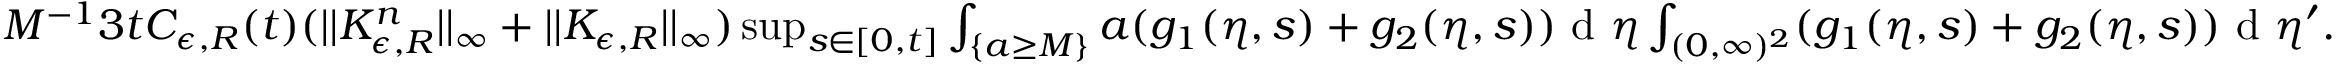
\begin{array} { r } { M ^ { - 1 } 3 t C _ { \epsilon , R } ( t ) ( | | K _ { \epsilon , R } ^ { n } | | _ { \infty } + | | K _ { \epsilon , R } | | _ { \infty } ) \operatorname* { s u p } _ { s \in [ 0 , t ] } \int _ { \{ a \geq M \} } a ( g _ { 1 } ( \eta , s ) + g _ { 2 } ( \eta , s ) ) \textup { d } \eta \int _ { ( 0 , \infty ) ^ { 2 } } ( g _ { 1 } ( \eta , s ) + g _ { 2 } ( \eta , s ) ) \textup { d } \eta ^ { \prime } . } \end{array}